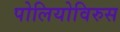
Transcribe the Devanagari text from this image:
पोलियोविरुस